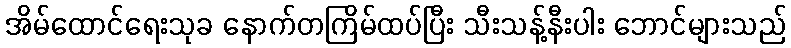
အိမ်ထောင်ရေးသုခ နောက်တကြိမ်ထပ်ပြီး သီးသန့်နီးပါး ဘောင်များသည်